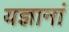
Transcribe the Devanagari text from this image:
यज्ञानां